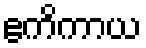
ဧကိကာယ